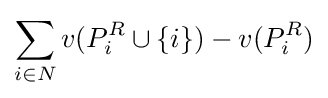
\sum _{i\in N}v(P_{i}^{R}\cup \left\{i\right\})-v(P_{i}^{R})